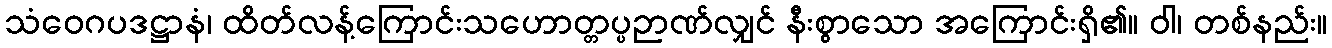
သံဝေဂပဒဋ္ဌာနံ၊ ထိတ်လန့်ကြောင်းသဟောတ္တပ္ပဉာဏ်လျှင် နီးစွာသော အကြောင်းရှိ၏။ ဝါ၊ တစ်နည်း။